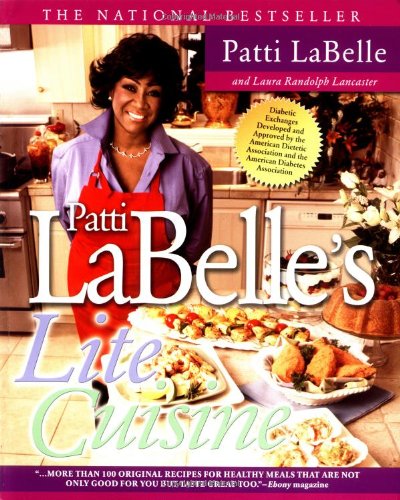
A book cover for Patti Labelle's Lite Cuisine; Patti Labelle; Cookbooks, Food & Wine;